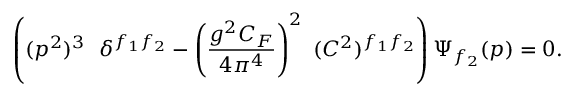
\left( ( p ^ { 2 } ) ^ { 3 } \ \ \delta ^ { f _ { 1 } f _ { 2 } } - \left( \frac { g ^ { 2 } C _ { F } } { 4 \pi ^ { 4 } } \right) ^ { 2 } \ ( C ^ { 2 } ) ^ { f _ { 1 } f _ { 2 } } \right) \Psi _ { f _ { 2 } } ( p ) = 0 .